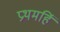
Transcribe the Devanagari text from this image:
प्रथमहिं